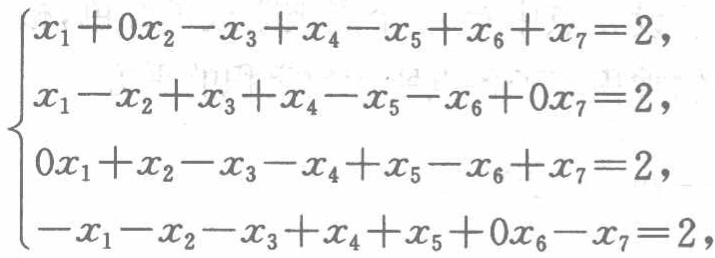
\[\begin{cases}

x_{1}+0x_{2}-x_{3}+x_{4}-x_{5}+x_{6}+x_{7}=2,\\

x_{1}-x_{2}+x_{3}+x_{4}-x_{5}-x_{6}+0x_{7}=2,\\

0x_{1}+x_{2}-x_{3}-x_{4}+x_{5}-x_{6}+x_{7}=2,\\

-x_{1}-x_{2}-x_{3}+x_{4}+x_{5}+0x_{6}-x_{7}=2,

\end{cases}\]